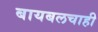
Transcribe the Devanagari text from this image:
बायबलचाही